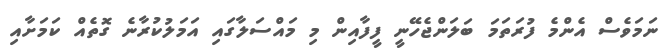
ނަމަވެސް އެންމެ ފުރަތަމަ ބަލަންޖެހޭނީ ފީފާއިން މި މައްސަލާގައި އަމަލުކުރާނެ ގޮތެއް ކަމަށާއި